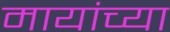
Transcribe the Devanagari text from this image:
मायांच्या